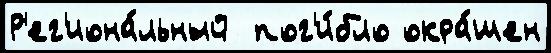
Р'ег'иона́льный  пог'и́бло окра́шен